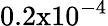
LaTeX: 0.2\mathrm{x}10^{-4}